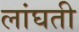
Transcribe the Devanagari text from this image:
लांघती